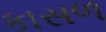
કાસળ